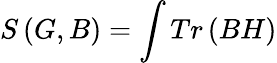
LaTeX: S\left(G,B\right)=\int Tr\left(BH\right)